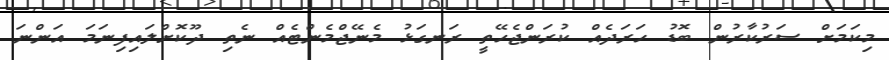
މިކަމަށް ސަރުކާރުން ބޮޑު ހަރަދެއް ކުރަންޖެހޭތީ ރަނގަޅު މެނޭޖްމެންޓެއް ނެތި ދޫކޮށްލައިފިނަމަ އަންނަ